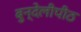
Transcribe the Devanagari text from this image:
बुन्देलीपीठ